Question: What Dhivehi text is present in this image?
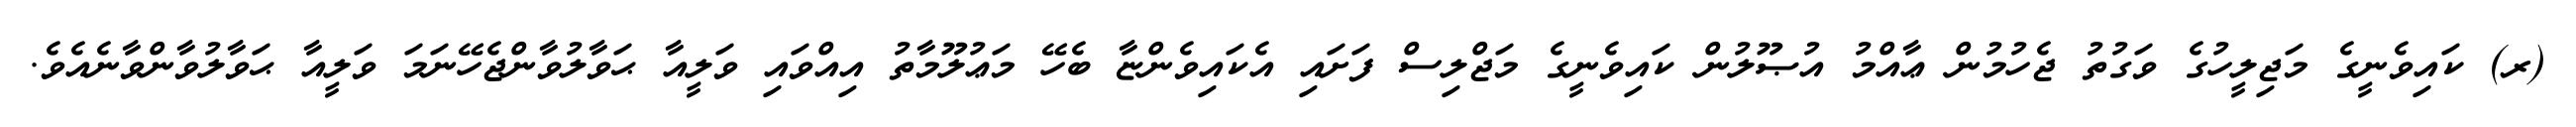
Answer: (ރ) ކައިވެނީގެ މަޖިލީހުގެ ވަގުތު ޖެހުމުން ޢާއްމު އުޞޫލުން ކައިވެނީގެ މަޖްލިސް ފަށައި އެކައިވެންޏާ ބެހޭ މަޢުލޫމާތު އިއްވައި ވަލީއާ ޙަވާލުވާންޖެހޭނަމަ ވަލީއާ ޙަވާލުވާންވާނެއެވެ.